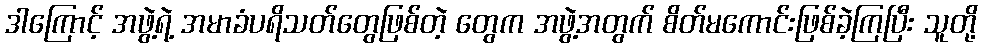
ဒါကြောင့် အဖွဲ့ရဲ့ အမာခံပရိသတ်တွေဖြစ်တဲ့ တွေက အဖွဲ့အတွက် စိတ်မကောင်းဖြစ်ခဲ့ကြပြီး သူတို့